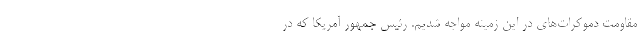
مقاومت دموکرات‌های در این زمینه مواجه شدیم. رئیس جمهور آمریکا که در